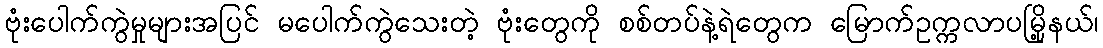
ဗုံးပေါက်ကွဲမှုများအပြင် မပေါက်ကွဲသေးတဲ့ ဗုံးတွေကို စစ်တပ်နဲ့ရဲတွေက မြောက်ဥက္ကလာပမြို့နယ်၊